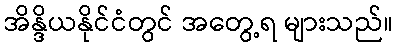
အိန္ဒိယနိုင်ငံတွင် အတွေ့ရ များသည်။